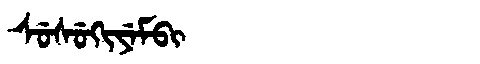
Manchu: ᠰᡠᠰᡠᡴᡳᠶᡝᠮᠪᡳ
Romanization: SUSUKIYEMBI